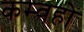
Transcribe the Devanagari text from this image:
कम्वहो